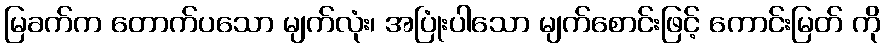
မြခက်က တောက်ပသော မျက်လုံး၊ အပြုံးပါသော မျက်စောင်းဖြင့် ကောင်းမြတ် ကို